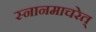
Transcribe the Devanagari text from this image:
स्नानमाचरेत्